Report on vaccination in the Province of Bengal - 1874-1889
Year: 1874
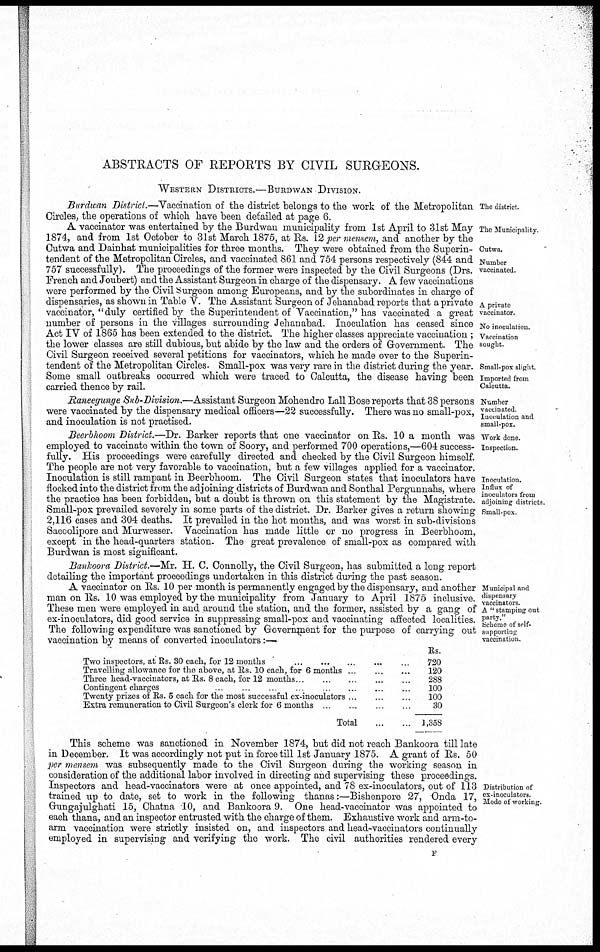
ABSTRACTS OF REPORTS BY CIVIL SURGEONS.
WESTERN DISTRICTS. —BURDWAN DIVISION.
The district
Burdwan District.—Vaccination of the district belongs to the work of the Metropolitan
Circles, the operations of which have been detailed at page 6.
The Municipality.
Cutwa.
Number
vaccinated.
A private
vaccinator.
No inoculation.
Vaccination
sought.
Small-pox slight.
Imported from
Calcutta.
A vaccinator was entertained by the Burdwan municipality from 1st April to 31st May
1874, and from 1st October to 31st March 1875, at Rs. 12 permensem, and another by the
Cutwa and Dainhat municipalities for three months. They were obtained from the Superin-
tendent of the Metropolitan Circles, and vaccinated 861 and 754 persons respectively (844 and
757 successfully). The proceedings of the former were inspected by the Civil Surgeons (Drs.
French and Joubert) and the Assistant Surgeon in charge of the dispensary. A few vaccinations
were performed by the Civil Surgeon among Europeans, and by the subordinates in charge of
dispensaries, as shown in Table V. The Assistant Surgeon of Jehanabad reports that a private
vaccinator, "duly certified by the Superintendent of Vaccination," has vaccinated a great
number of persons in the villages surrounding Jehanabad. Inoculation has ceased since
Act IV of 1865 has been extended to the district. The higher classes appreciate vaccination ;
the lower classes are still dubious, but abide by the law and the orders of Government. The
Civil Surgeon received several petitions for vaccinators, which he made over to the Superin-
tendent of the Metropolitan Circles. Small-pox was very rare in the district during the year.
Some small outbreaks occurred which were traced to Calcutta, the disease having been
carried thence by rail.
Number
vaccinated.
Inoculation and
small-pox.
Raneegunge Sub-Division.—Assistant Surgeon Mohendro Lall Bose reports that 38 persons
were vaccinated by the dispensary medical officers—22 successfully. There was no small-pox,
and inoculation is not practised.
Work done.
Inspection.
Inoculation.
Influx of
inoculators from
adjoining districts
Small-pox.
Beerbhoom District.—Dr. Barker reports that one vaccinator on Rs. 10 a month was
employed to vaccinate within the town of Soory, and performed 700 operations,—604 success-
fully. His proceedings were carefully directed and checked by the Civil Surgeon himself.
The people are not very favorable to vaccination, but a few villages applied for a vaccinator.
Inoculation is still rampant in Beerbhoom. The Civil Surgeon states that inoculators have
flocked into the district from the adjoining districts of Burdwan and Sonthal Pergunnahs, where
the practice has been forbidden, but a doubt is thrown on this statement by the Magistrate.
Small-pox prevailed severely in some parts of the district. Dr. Barker gives a return showing
2,116 cases and 304 deaths. It prevailed in the hot months, and was worst in sub-divisions
Saccolipore and Murwesser. Vaccination has made little or no progress in Beerbhoom,
except in the head-quarters station. The great prevalence of small-pox as compared with
Burdwan is most significant.
Municipal and
dispensary
vaccinators
A " stamping out
party."
Scheme of self¬
supporting
vaccination
Bankoora District.—Mr. H. C. Connolly, the Civil Surgeon, has submitted a long report
detailing the important proceedings undertaken in this district during the past season.
A vaccinator on Rs. 10 per month is permanently engaged by the dispensary, and another
man on Rs. 10 was employed by the municipality from January to April 1875 inclusive.
These men were employed in and around the station, and the former, assisted by a gang of
ex-inoculators, did good service in suppressing small-pox and vaccinating affected localities.
The following expenditure was sanctioned by Government for the purpose of carrying out
vaccination by means of converted inoculators:—
Two inspectors, at Rs. 30 each, for 12 months ... ... ... ... ...
Travelling allowance for the above, at Rs. 10 each, for 6 months
...
...
...
Three head-vaccinators, at Rs. 8 each, for 12 months
...
...
...
...
Contingent charges
...
...
...
...
...
Twenty prizes of Rs. 5 each for the most successful ex-inoculators .. ...
Extra remuneration to Civil Surgeon's clerk for 6 months
...
...
...
...
Total
...
...
Rs.
720
120
288
100
100
30
1,358
Distribution of
ex-inoculators.
Mode of working.
This scheme was sanctioned in November 1874, but did not reach Bankoora till late
in December. It was accordingly not put in force till 1st January 1875. A grant of Rs. 50
per mensem was subsequently made to the Civil Surgeon during the working season in
consideration of the additional labor involved in directing and supervising these proceedings.
Inspectors and head-vaccinators were at once appointed, and 78 ex-inoculators, out of 113
trained up to date, set to work in the following thanas:—Bishenpore 27, Onda 17,
Gungajulghati 15, Chatna 10, and Bankoora 9. One head-vaccinator was appointed to
each thana, and an inspector entrusted with the charge of them. Exhaustive work and arm-to-
arm vaccination were strictly insisted on, and inspectors and head-vaccinators continually
employed in supervising and verifying the work. The civil authorities rendered every